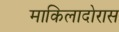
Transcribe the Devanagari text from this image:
माकिलादोरास